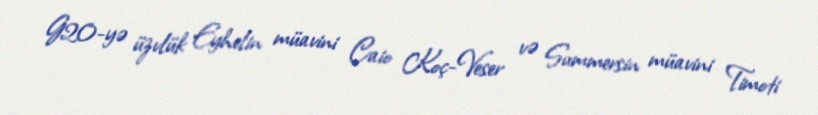
G20-yə üzvlük Eyhelin müavini Caio Koç-Veser və Summersin müavini Timoti